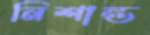
নিশান্ত